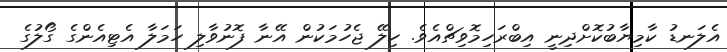
އެލަނޑު ކާމިޔާބުކޮށްދިނީ އިބްރަހިމޮވިޗްއެވެ. ހިލޭ ޖެހުމަކުން އޭނާ ފޮނުވާލި ހަމަލާ އެޓިއެންގެ ގޯލުގެ